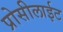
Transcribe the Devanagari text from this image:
प्रोसीलाईट